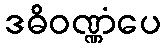
ဒဓိဝဏ္ဏံပေ